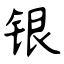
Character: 银